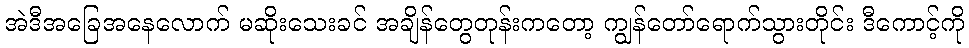
အဲဒီအခြေအနေလောက် မဆိုးသေးခင် အချိန်တွေတုန်းကတော့ ကျွန်တော်ရောက်သွားတိုင်း ဒီကောင့်ကို